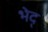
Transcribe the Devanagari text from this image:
भेद्